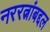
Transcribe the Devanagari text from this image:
नररत्नांबद्दल